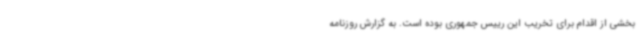
بخشی از اقدام برای تخریب این رییس جمهوری بوده است. به گزارش روزنامه